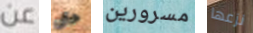
عن حتى مسرورين نزعها